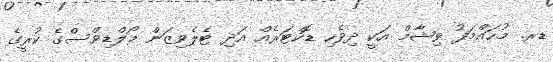
ޑރ. މުހައްމަދު ވިޝާމް އަކީ ދިވެހި ޑޮކްޓަރެއް އަދި ޓެލެވިޒަން މޯލްޑިވްސްގެ ކުރީގެ